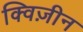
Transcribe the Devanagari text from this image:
क्विज़ीन